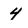
Character: 4